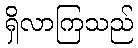
ရှိလာကြသည်